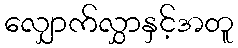
လျှောက်လွှာနှင့်အတူ